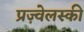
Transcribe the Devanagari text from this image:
प्रज़्वेलस्की